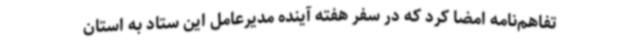
تفاهم‌نامه امضا کرد که در سفر هفته آینده مدیرعامل این ستاد به استان